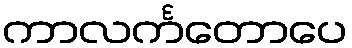
ကာလင်္ကတောပေ